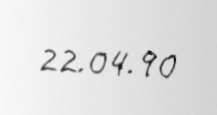
22.04.90